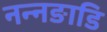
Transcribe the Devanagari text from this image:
नन्नङाडि